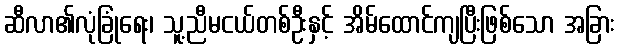
ဆီလာ၏လုံခြုံရေး၊ သူ့ညီမငယ်တစ်ဦးနှင့် အိမ်ထောင်ကျပြီးဖြစ်သော အခြား